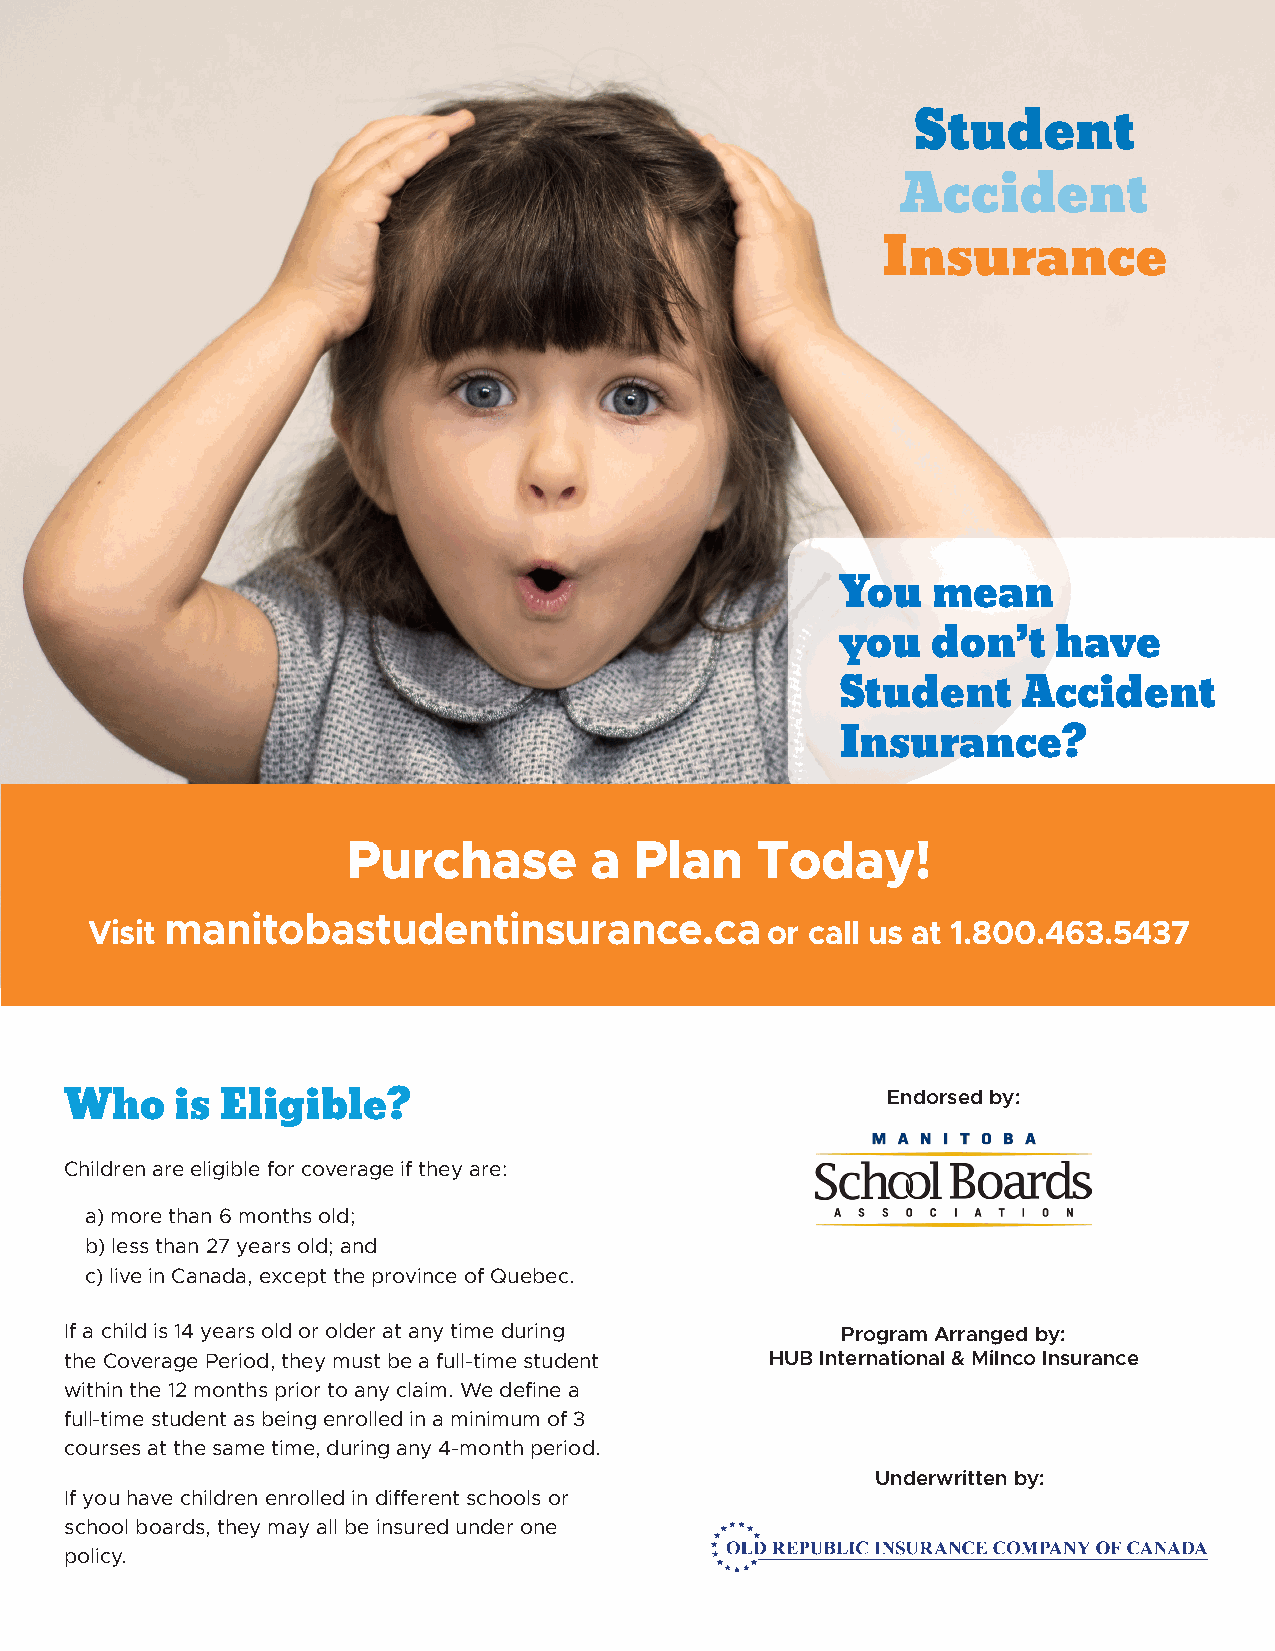
Student
 Accident
 Insurance
 You   mean
 you   don’t   have
 Student     Accident
 Insurance?
 Purchase        a  Plan    Today!
 manitobastudentinsurance.ca
 Visit                                        or call us at 1.800.463.5437
 Endorsed by:
 Who     is Eligible?
 Children are eligible for coverage if they are:
 a)more than 6 months old;
 b)less than 27 years old; and
 c)live in Canada, except the province of Quebec.
 If a child is 14 years old or older at any time during Program Arranged by:
 the Coverage Period, they must be a full-time student HUB International & Milnco Insurance
 within the 12 months prior to any claim. We define a
 full-time student as being enrolled in a minimum of 3
 courses at the same time, during any 4-month period.
 Underwritten by:
 If you have children enrolled in different schools or
 school boards, they may all be insured under one
 policy.